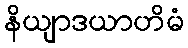
နိယျာဒယာဟိမံ